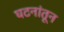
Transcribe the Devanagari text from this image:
घटनांतून